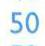
50